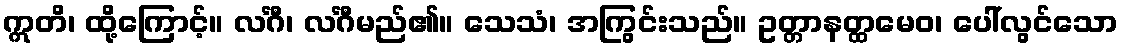
ဣတိ၊ ထို့ကြောင့်။ လင်္ဂီ၊ လင်္ဂီမည်၏။ သေသံ၊ အကြွင်းသည်။ ဥတ္တာနတ္ထမေဝ၊ ပေါ်လွင်သော